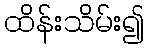
ထိန်းသိမ်း၍